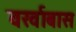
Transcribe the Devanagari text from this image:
वर्खाबास